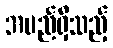
အမည်ရှိသည့်